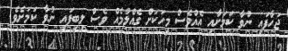
ޖަހާފައި ނުވާ ކަމަށާއި އެއްވެސް މީހަކަށް ގެއްލުމެއް ވެސް ލިބިފައި ނުވާ ކަމަށެވެ.